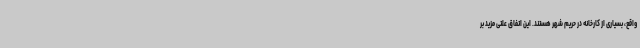
واقع، بسیاری از کارخانه در حریم شهر هستند. این اتفاق علتی مزید بر